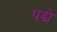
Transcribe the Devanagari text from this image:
पद्मे